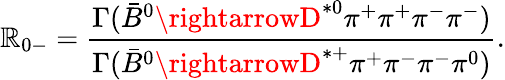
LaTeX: \mathbb{R}_{0-}={\frac{{\Gamma(\bar{{B}}^{0}\rightarrowD^{*0}\pi^{+}\pi^{+}\pi^{-}\pi^{-})}}{{\Gamma(\bar{{B}}^{0}\rightarrowD^{*+}\pi^{+}\pi^{-}\pi^{-}\pi^{0})}}}.